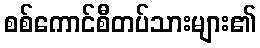
စစ်ကောင်စီတပ်သားများ၏